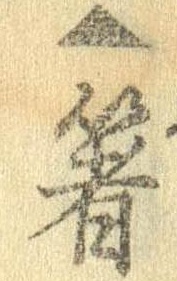
▲箸